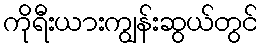
ကိုရီးယားကျွန်းဆွယ်တွင်